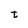
Character: t